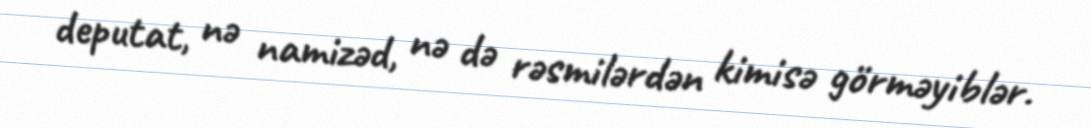
deputat, nə namizəd, nə də rəsmilərdən kimisə görməyiblər.